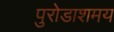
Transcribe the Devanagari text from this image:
पुरोडाशमय